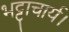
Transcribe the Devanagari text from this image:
भट्टाचार्य।